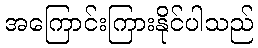
အကြောင်းကြားနိုင်ပါသည်